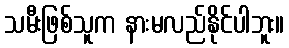
သမီးဖြစ်သူက နားမလည်နိုင်ပါဘူး။